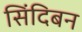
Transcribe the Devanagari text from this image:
सिंदिबन